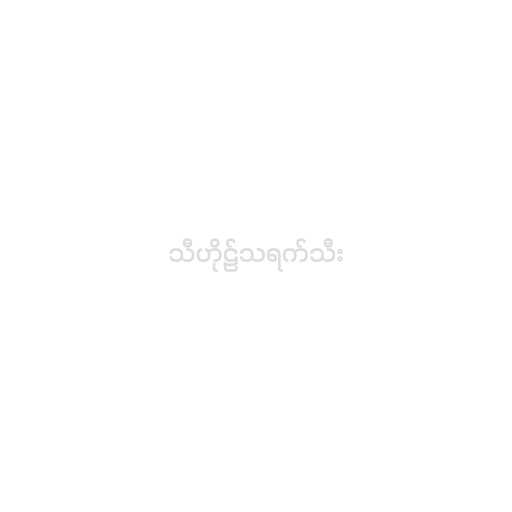
သီဟိုဠ်သရက်သီး